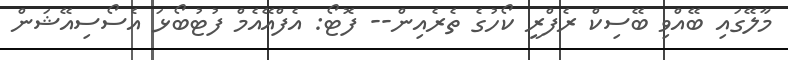
މާލޭގައި ބޭއްވި ބޭސިކް ރެފްރީ ކޯހުގެ ތެރެއިން-- ފޮޓޯ: އެފްއޭއެމް ފުޓުބޯޅަ އެސޯސިއޭޝަން